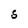
Character: S